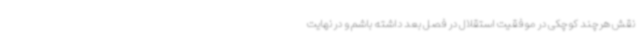
نقش هرچند کوچکی در موفقیت استقلال در فصل بعد داشته باشم و در نهایت